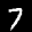
Label: 7